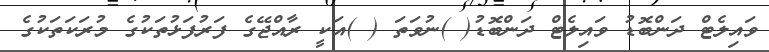
ވައިލެޓް ދަންބޮޑު ވައިލެޓް ދަންބޮޑު( )ނުވަތަ ( )އަކީ ރާއްޖޭގެ ފަރުފަޅުތަކުގެ މުރަކަތަކުގެ